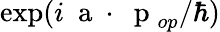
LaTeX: \exp(i{\mathrm{~\mathbf~a~}}\cdot\mathrm{~\mathbf~p~}_{op}/\hbar)